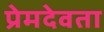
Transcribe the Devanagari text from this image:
प्रेमदेवता